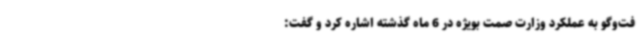
فت‌وگو به عملکرد وزارت صمت بویژه در 6 ماه گذشته اشاره کرد و گفت: